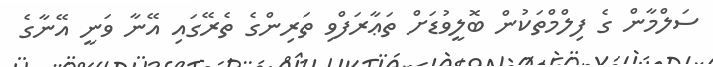
ސަލްމާން ގެ ފިލްމްތަކުން ބޮލީވުޑަށް ތަޢާރަފްވި ތަރިންގެ ތެރޭގައި އޭނާ ވަނީ އޭނާގެ